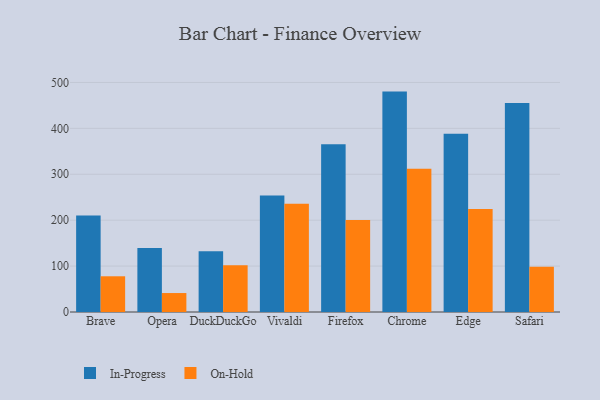
{"axis": {"x": "Browser", "y": "Backlog"}, "legend": ["In-Progress", "On-Hold"], "data": [{"x": "Brave", "y": 210.4, "type": "In-Progress"}, {"x": "Brave", "y": 77.8, "type": "On-Hold"}, {"x": "Opera", "y": 139.5, "type": "In-Progress"}, {"x": "Opera", "y": 41.3, "type": "On-Hold"}, {"x": "DuckDuckGo", "y": 132.5, "type": "In-Progress"}, {"x": "DuckDuckGo", "y": 101.9, "type": "On-Hold"}, {"x": "Vivaldi", "y": 254.0, "type": "In-Progress"}, {"x": "Vivaldi", "y": 235.8, "type": "On-Hold"}, {"x": "Firefox", "y": 365.3, "type": "In-Progress"}, {"x": "Firefox", "y": 200.6, "type": "On-Hold"}, {"x": "Chrome", "y": 480.1, "type": "In-Progress"}, {"x": "Chrome", "y": 311.9, "type": "On-Hold"}, {"x": "Edge", "y": 388.4, "type": "In-Progress"}, {"x": "Edge", "y": 224.2, "type": "On-Hold"}, {"x": "Safari", "y": 455.4, "type": "In-Progress"}, {"x": "Safari", "y": 98.7, "type": "On-Hold"}]}